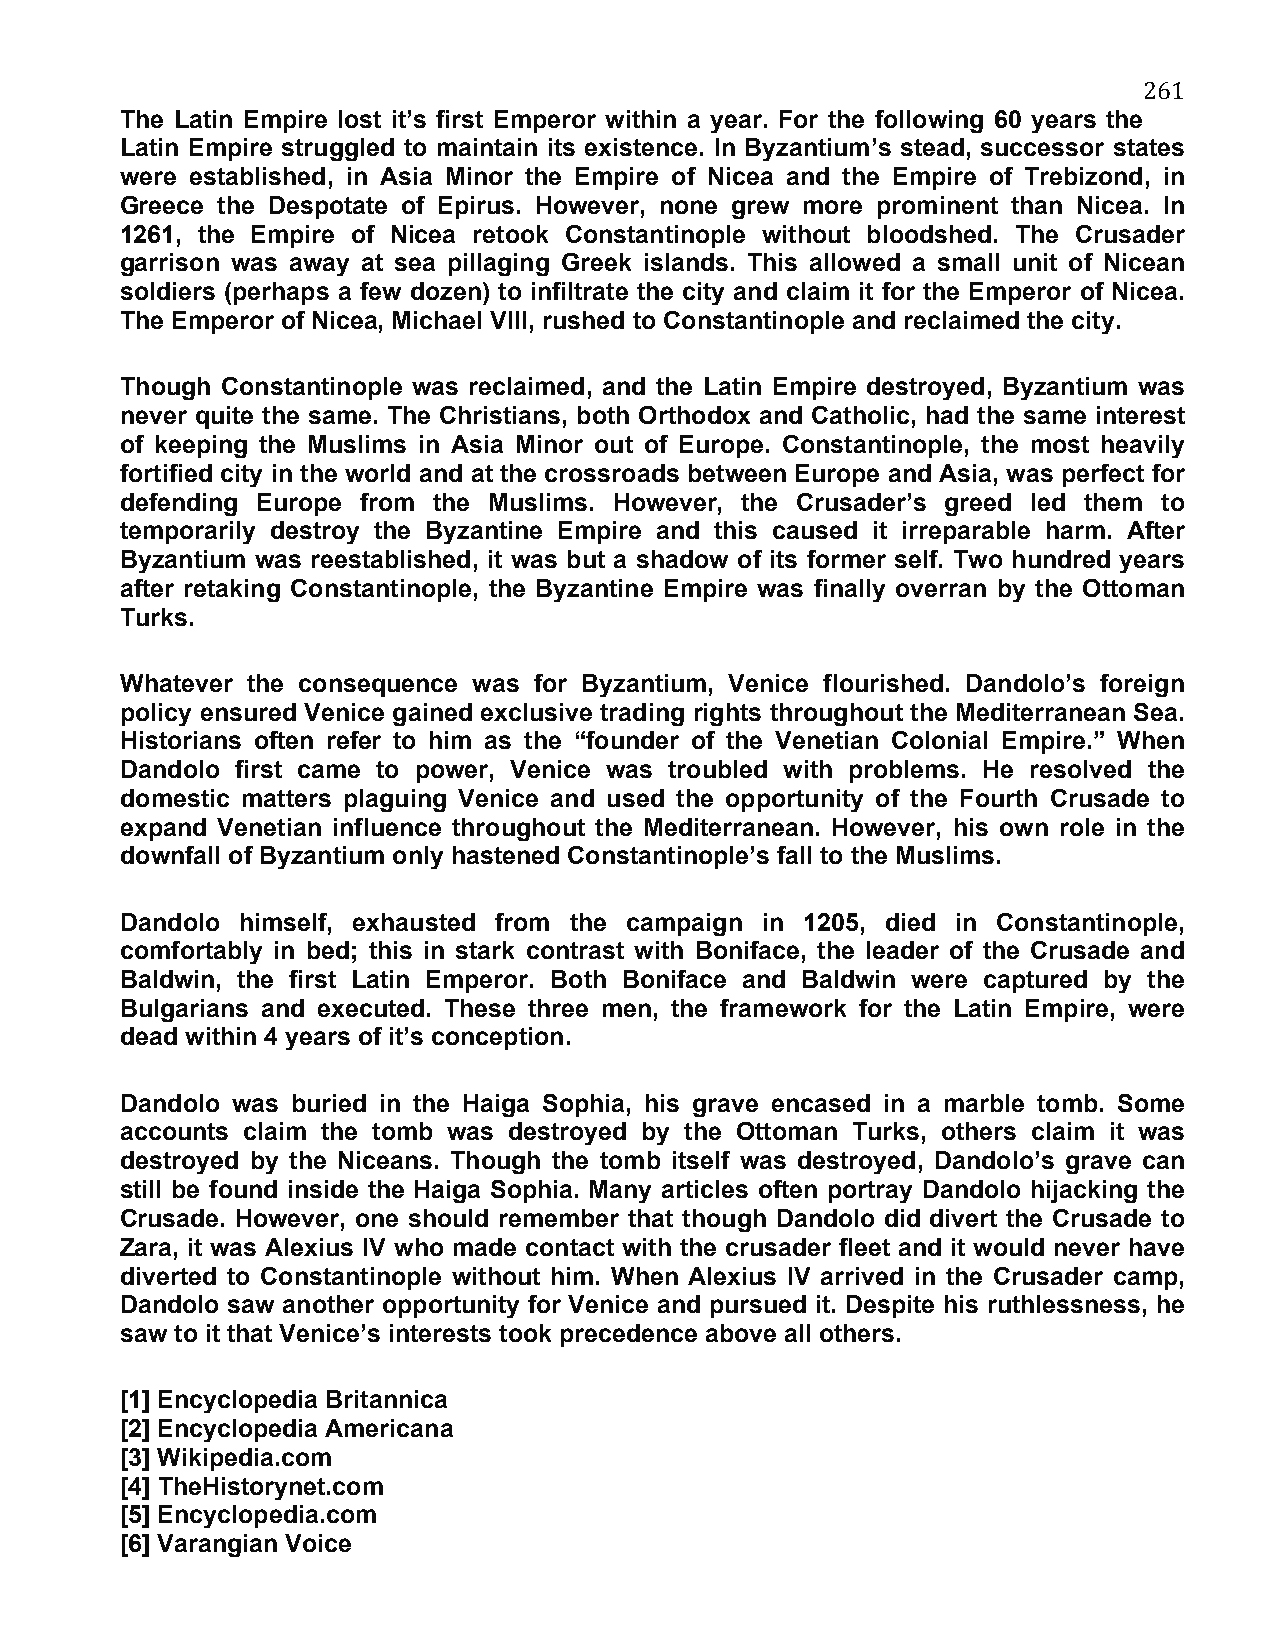
261
 The Latin Empire lost it’s first Emperor within a year. For the following 60 years the
 Latin Empire struggled to maintain its existence. In Byzantium’s stead, successor states
 were established, in Asia Minor the Empire of Nicea and the Empire of Trebizond, in
 Greece the Despotate of Epirus. However, none grew more prominent than Nicea. In
 1261, the Empire of Nicea retook Constantinople without bloodshed. The Crusader
 garrison was away at sea pillaging Greek islands. This allowed a small unit of Nicean
 soldiers (perhaps a few dozen) to infiltrate the city and claim it for the Emperor of Nicea.
 The Emperor of Nicea, Michael VIII, rushed to Constantinople and reclaimed the city.
 Though Constantinople was reclaimed, and the Latin Empire destroyed, Byzantium was
 never quite the same. The Christians, both Orthodox and Catholic, had the same interest
 of keeping the Muslims in Asia Minor out of Europe. Constantinople, the most heavily
 fortified city in the world and at the crossroads between Europe and Asia, was perfect for
 defending Europe from the Muslims. However, the Crusader’s greed led them to
 temporarily destroy the Byzantine Empire and this caused it irreparable harm. After
 Byzantium was reestablished, it was but a shadow of its former self. Two hundred years
 after retaking Constantinople, the Byzantine Empire was finally overran by the Ottoman
 Turks.
 Whatever the consequence was for Byzantium, Venice flourished. Dandolo’s foreign
 policy ensured Venice gained exclusive trading rights throughout the Mediterranean Sea.
 Historians often refer to him as the “founder of the Venetian Colonial Empire.” When
 Dandolo first came to power, Venice was troubled with problems. He resolved the
 domestic matters plaguing Venice and used the opportunity of the Fourth Crusade to
 expand Venetian influence throughout the Mediterranean. However, his own role in the
 downfall of Byzantium only hastened Constantinople’s fall to the Muslims.
 Dandolo himself, exhausted from the campaign in 1205, died in Constantinople,
 comfortably in bed; this in stark contrast with Boniface, the leader of the Crusade and
 Baldwin, the first Latin Emperor. Both Boniface and Baldwin were captured by the
 Bulgarians and executed. These three men, the framework for the Latin Empire, were
 dead within 4 years of it’s conception.
 Dandolo was buried in the Haiga Sophia, his grave encased in a marble tomb. Some
 accounts claim the tomb was destroyed by the Ottoman Turks, others claim it was
 destroyed by the Niceans. Though the tomb itself was destroyed, Dandolo’s grave can
 still be found inside the Haiga Sophia. Many articles often portray Dandolo hijacking the
 Crusade. However, one should remember that though Dandolo did divert the Crusade to
 Zara, it was Alexius IV who made contact with the crusader fleet and it would never have
 diverted to Constantinople without him. When Alexius IV arrived in the Crusader camp,
 Dandolo saw another opportunity for Venice and pursued it. Despite his ruthlessness, he
 saw to it that Venice’s interests took precedence above all others.
 [1] Encyclopedia Britannica
 [2] Encyclopedia Americana
 [3] Wikipedia.com
 [4] TheHistorynet.com
 [5] Encyclopedia.com
 [6] Varangian Voice